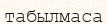
табылмаса